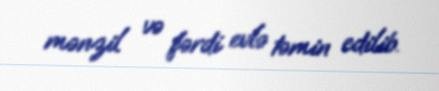
mənzil və fərdi evlə təmin edilib.